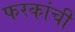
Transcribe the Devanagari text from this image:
फरकांची